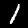
Label: 1